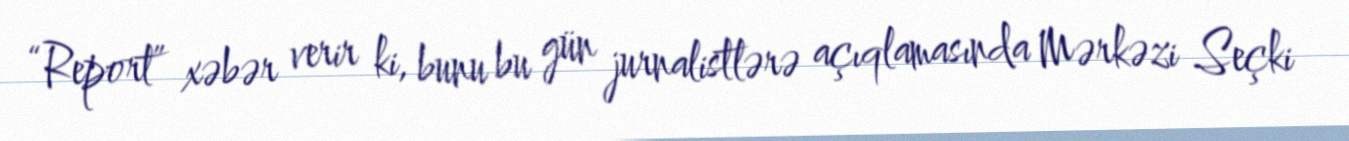
“Report” xəbər verir ki, bunu bu gün jurnalistlərə açıqlamasında Mərkəzi Seçki